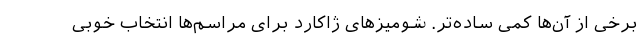
برخی از آن‌ها کمی ساده‌تر. شومیزهای ژاکارد برای مراسم‌ها انتخاب خوبی